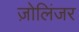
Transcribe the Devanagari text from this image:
ज़ोलिंजर